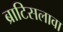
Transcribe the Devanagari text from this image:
ब्राटिसलावा